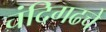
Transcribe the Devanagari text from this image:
चंदिगढचे